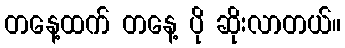
တနေ့ထက် တနေ့ ပို ဆိုးလာတယ်။